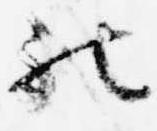
被